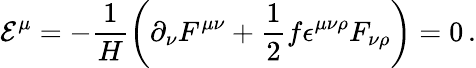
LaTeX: \mathcal{E}^{\mu}=-\frac{1}{H}\left(\partial_{\nu}F^{\mu\nu}+\frac{1}{2}f\epsilon^{\mu\nu\rho}F_{\nu\rho}\right)=0\, .